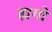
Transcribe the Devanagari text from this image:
ह्यगो